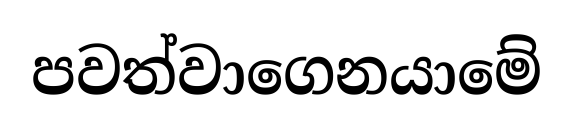
පවත්වාගෙනයාමේ